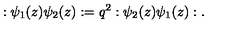
: \psi _ { 1 } ( z ) \psi _ { 2 } ( z ) : = q ^ { 2 } : \psi _ { 2 } ( z ) \psi _ { 1 } ( z ) : .